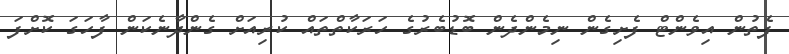
ފެތުން އިވެންޓް ފެށިގެން ނިމެންދެން ބޮޑުބެރުގެ ހަރަކާތްތައް ކުރިއަށް ގެންދާނެކަން ފާހަގަ ކޮށްފަ